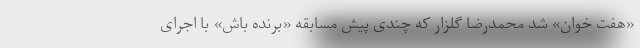
«هفت خوان» شد محمدرضا گلزار که چندی پیش مسابقه «برنده باش» با اجرای